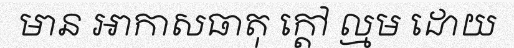
មាន អាកាសធាតុ ក្តៅ ល្មម ដោយ